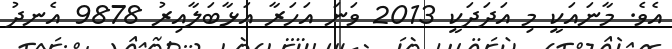
އެވެ. މާނައަކީ މި އަދަދަކީ 2013 ވަނަ އަހަރާ އަޅާބަލާއިރު 9878 އެނދު